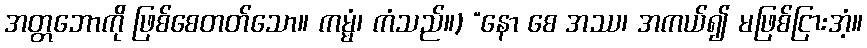
အတ္တဘောကို ဖြစ်စေတတ်သော။ ကမ္မံ၊ ကံသည်။) “နော စေ အဿ၊ အကယ်၍ မဖြစ်ငြားအံ့။